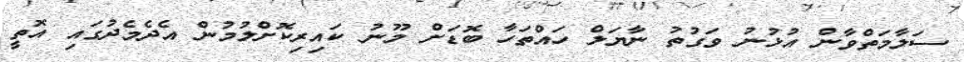
ސަލާމަތްވާން އުޅުނު ވަގުތު ނާޔަލް ހައްތަހާ ބޮޑަށް މޫނު ކައިރިކޮށްލުމުން އެދެމެދުގައި އޮތީ